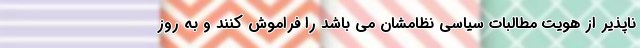
ناپذیر از هویت مطالبات سیاسی نظامشان می باشد را فراموش کنند و به روز